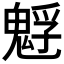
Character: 𩳎